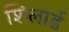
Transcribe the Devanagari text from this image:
शिलार्ड